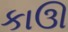
કાઊ